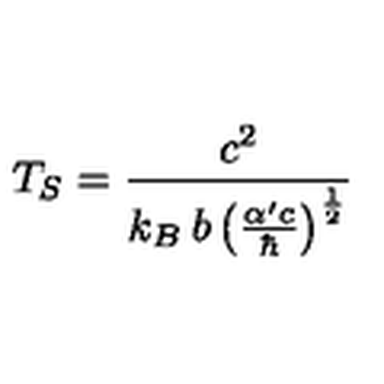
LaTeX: T _ { S } = \frac { c ^ { 2 } } { k _ { B } \: b \left( \frac { \alpha ^ { \prime } c } { \hbar } \right) ^ { \frac { 1 } { 2 } } }